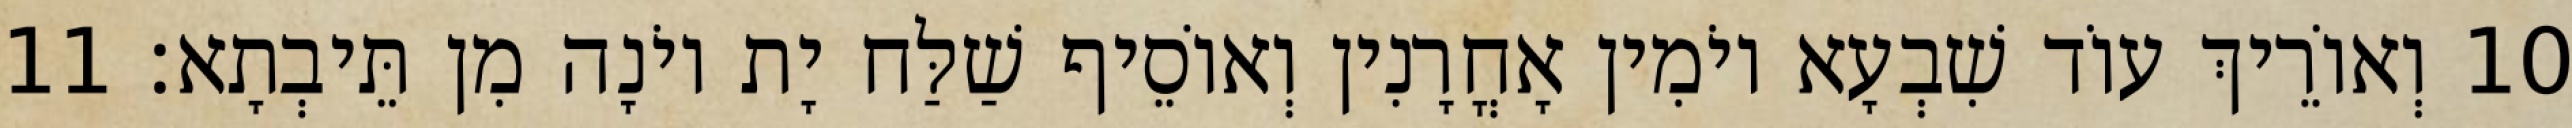
10 וְאוֹרֵיךְ עוֹד שִׁבְעָא יוֹמִין אָחֳרָנִין וְאוֹסֵיף שַׁלַּח יָת יוֹנָה מִן תֵּיבְתָא׃ 11